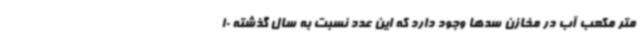
متر مکعب آب در مخازن سدها وجود دارد که این عدد نسبت به سال گذشته 10